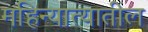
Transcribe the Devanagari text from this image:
महिन्यात्यातील